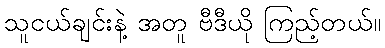
သူငယ်ချင်းနဲ့ အတူ ဗီဒီယို ကြည့်တယ်။